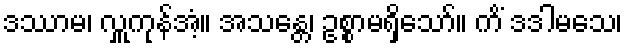
ဒဿာမ၊ လှူကုန်အံ့။ အသန္တေ၊ ဥစ္စာမရှိသော်။ ကိံ ဒဒါမသေ၊